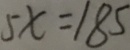
5 x = 1 8 5